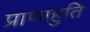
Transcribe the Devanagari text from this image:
प्राणाहुति